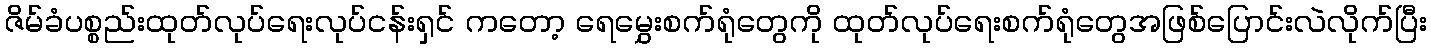
ဇိမ်ခံပစ္စည်းထုတ်လုပ်ရေးလုပ်ငန်းရှင် ကတော့ ရေမွှေးစက်ရုံတွေကို ထုတ်လုပ်ရေးစက်ရုံတွေအဖြစ်ပြောင်းလဲလိုက်ပြီး